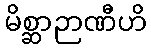
မိစ္ဆာဉာဏီဟိ